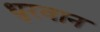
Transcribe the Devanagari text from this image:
धुरवान